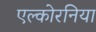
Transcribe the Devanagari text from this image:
एल्कोरनिया